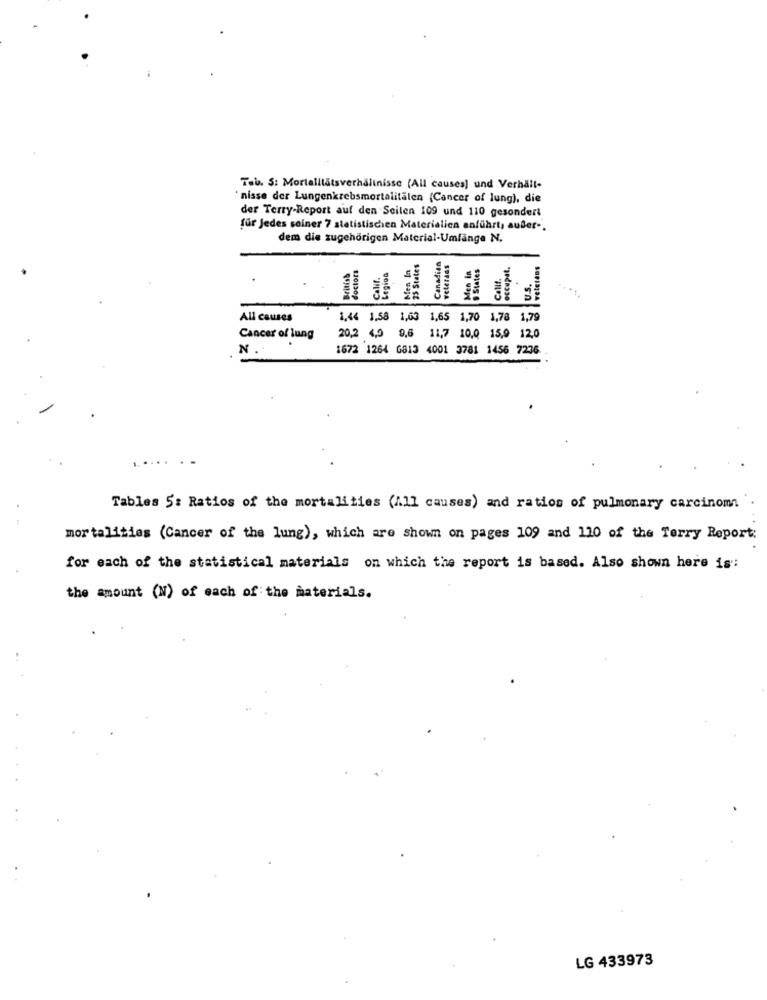
Tab. S: Mortalitätsverhältnisse (All causes) und Verhält-
nisse der Lungenkrebsmortalitalen (Cancer of lung), die
der Terry-Report auf den Seilen 109 und 110 gesondert
für Jedes seiner 7 statistischen Materialien enführt, außer -.
dem die zugehörigen Material-Umlänge N.
States
Canadian
veterans
Men in
States
occupat.
British
doctors
Calif.
Legion
Callf.
U.s.
All causes
1,44 1,58 1,63 1,65 1,70 1,78 1,79
Cancer of lung
20,2 4,0 9,6 11,7 10,0 15,9 12,0
N.
1672 1264 6813 4001 3781 1456 7236
...
Tables 5: Ratios of the mortalities (All causes) and ratios of pulmonary carcinoma
mortalities (Cancer of the lung), which are shown on pages 109 and 110 of the Terry Report:
for each of the statistical materials on which the report is based. Also shown here is":
the amount (N) of each of the materials.
LG 433973